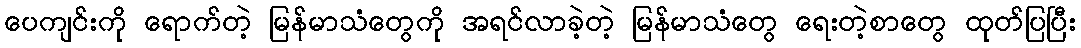
ပေကျင်းကို ရောက်တဲ့ မြန်မာသံတွေကို အရင်လာခဲ့တဲ့ မြန်မာသံတွေ ရေးတဲ့စာတွေ ထုတ်ပြပြီး